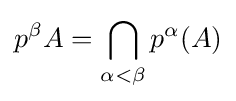
p^{\beta }A=\bigcap _{\alpha <\beta }p^{\alpha }(A)